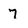
Character: 7